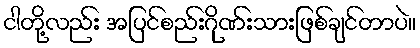
ငါတို့လည်း အပြင်စည်းဂိုဏ်းသားဖြစ်ချင်တာပဲ။